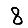
Digit: 8